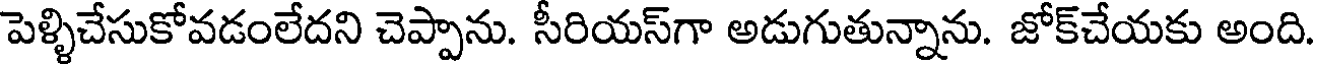
పెళ్ళిచేసుకోవడంలేదని చెప్పాను. సీరియస్గా అడుగుతున్నాను. జోక్చేయకు అంది